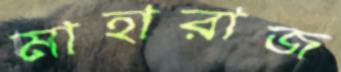
মাহারাজ